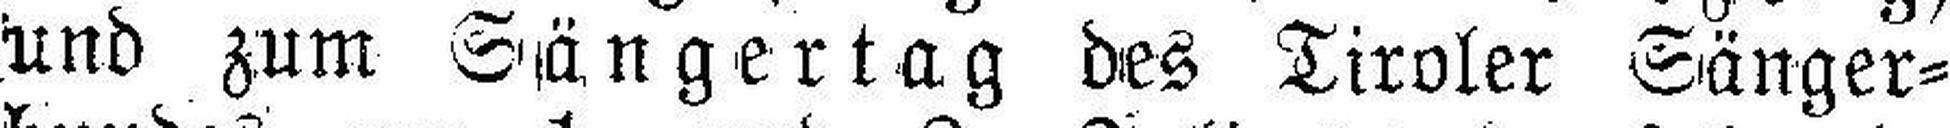
und zum Sängertag des Tiroler Sänger¬